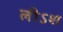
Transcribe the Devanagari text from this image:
लीऽश